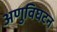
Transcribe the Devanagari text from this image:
अणुविघटन